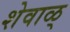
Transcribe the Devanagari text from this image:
शेवाळ्